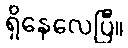
ရှိနေလေပြီ။